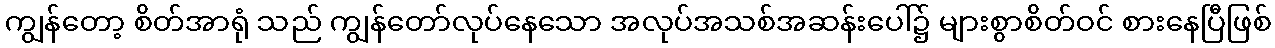
ကျွန်တော့ စိတ်အာရုံ သည် ကျွန်တော်လုပ်နေသော အလုပ်အသစ်အဆန်းပေါ်၌ များစွာစိတ်ဝင် စားနေပြီဖြစ်